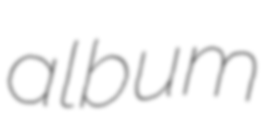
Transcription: album